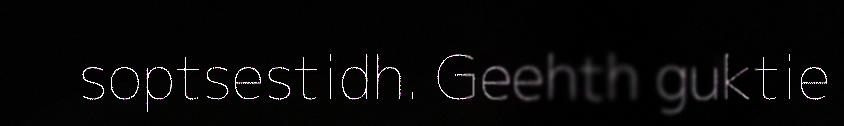
soptsestidh. Geehth guktie